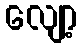
လျော့